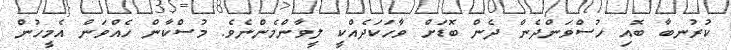
ކުރުނބާ ބޮއި ހުސްވަންދެން ދެން ބޮޑަށް ވާހަކަދެއްކީ ލީވާންމެންނެވެ. މުސްކާން ހެއްވަން އެމީހުން